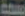
بسمة